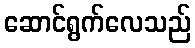
ဆောင်ရွက်လေသည်